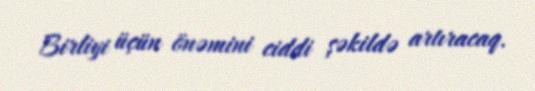
Birliyi üçün önəmini ciddi şəkildə artıracaq.